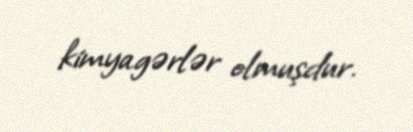
kimyagərlər olmuşdur.